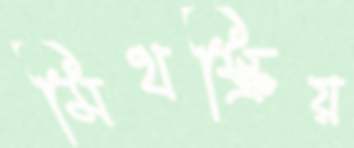
মিথস্ক্রিয়